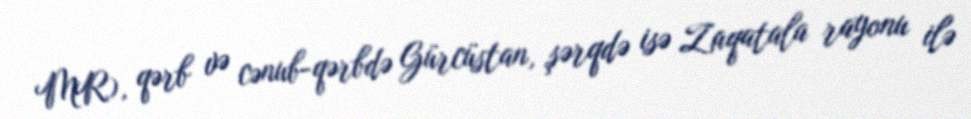
MR), qərb və cənub-qərbdə Gürcüstan, şərqdə isə Zaqatala rayonu ilə